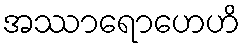
အဿာရောဟေဟိ